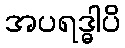
အပရဒ္ဓါပိ